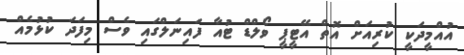
އުއްމީދަކީ ކުރިއަށް އޮތް އޭޓީޕީ ވޯލްޑް ޓުއާ ފައިނަލްގައި ވެސް މިފަދަ ކުޅުމެއް